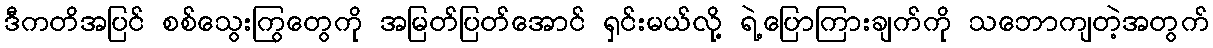
ဒီကတိအပြင် စစ်သွေးကြွတွေကို အမြတ်ပြတ်အောင် ရှင်းမယ်လို့ ရဲ့ပြောကြားချက်ကို သဘောကျတဲ့အတွက်